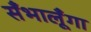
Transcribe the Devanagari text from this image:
सँभालूँगा